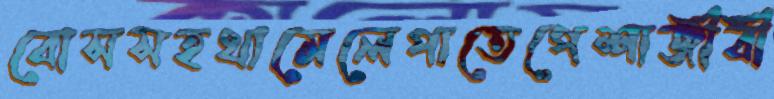
বোসসহথামেলেপাতেপেশাজীবী